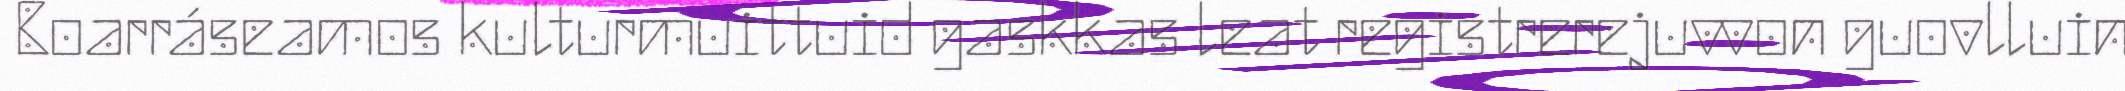
Boarráseamos kulturmuittuid gaskkas leat registrerejuvvon guovlluin